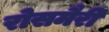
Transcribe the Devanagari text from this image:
रोसमैरी